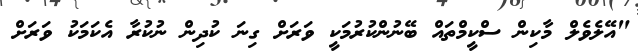
"އޭލެވެލް މާކިން ސްކީމްތައް ބޭނުންކުރުމަކީ ވަރަށް ގިނަ ކުދިން ނުކުރާ އެކަމަކު ވަރަށް